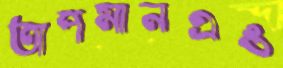
তাপমানএঙ